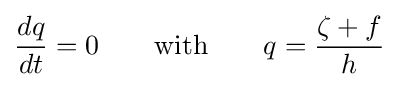
{dq \over dt}=0\qquad {\text{with}}\qquad q={\zeta +f \over h}